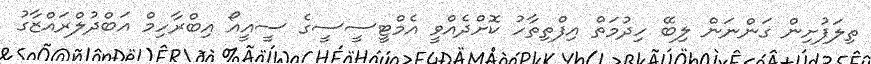
ތިލަފުށިން ގަންނަން ލިބޭ ހިދުމަތް އިފްތިތާހު ކޮށްދެއްވީ އެމްޓީސީސީގެ ސީއީއޯ އިބްރާހިމް އަބްދުލްރައްޒާގު